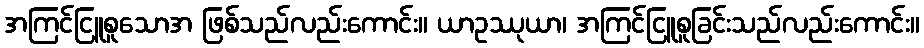
အကြင်ငြူစူသောအ ဖြစ်သည်လည်းကောင်း။ ယာဥဿုယာ၊ အကြင်ငြူစူခြင်းသည်လည်းကောင်း။